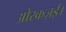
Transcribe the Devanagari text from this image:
ओरकज़ई।